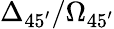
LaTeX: \Delta_{45^{\prime}}/\Omega_{45^{\prime}}